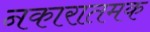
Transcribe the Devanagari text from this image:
नकारातमक